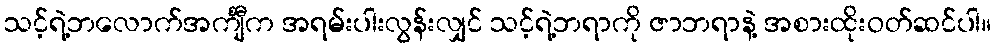
သင့်ရဲ့ဘလောက်အင်္ကျီက အရမ်းပါးလွန်းလျှင် သင့်ရဲ့ဘရာကို ဇာဘရာနဲ့ အစားထိုးဝတ်ဆင်ပါ။